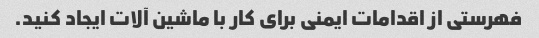
فهرستی از اقدامات ایمنی برای کار با ماشین آلات ایجاد کنید.